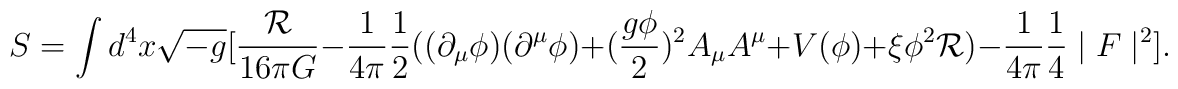
S=\int d^{4}x\sqrt{-g}[\frac{\mathcal{R}}{16\pi G}-\frac{1}{4\pi}\frac{1}{2}((\partial_{\mu}\phi)(\partial^{\mu}\phi)+(\frac{g\phi}{2})^{2}A_{\mu}A^{\mu}+V(\phi)+\xi\phi^{2}\mathcal{R})-\frac{1}{4\pi}\frac{1}{4}\mid F\mid^{2}].